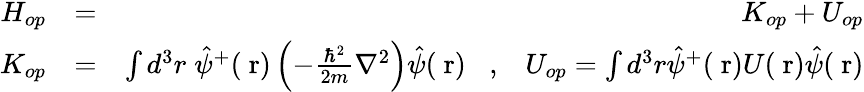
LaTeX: \begin{array}{rlr}{H_{op}}&{=}&{K_{op}+U_{op}}\\ {K_{op}}&{=}&{\int d^{3}r\; \hat{\psi}^{+}(\mathrm{\mathbf~r})\left(-\frac{\hbar^{2}}{2m}\nabla^{2}\right)\hat{\psi}(\mathrm{\mathbf~r})\; \; \; ,\; \; \; U_{op}=\int d^{3}r\hat{\psi}^{+}(\mathrm{\mathbf~r})U(\mathrm{\mathbf~r})\hat{\psi}(\mathrm{\mathbf~r})}\end{array}